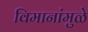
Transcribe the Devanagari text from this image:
विमानांमुळे